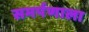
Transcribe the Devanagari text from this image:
समर्पणाला